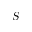
S